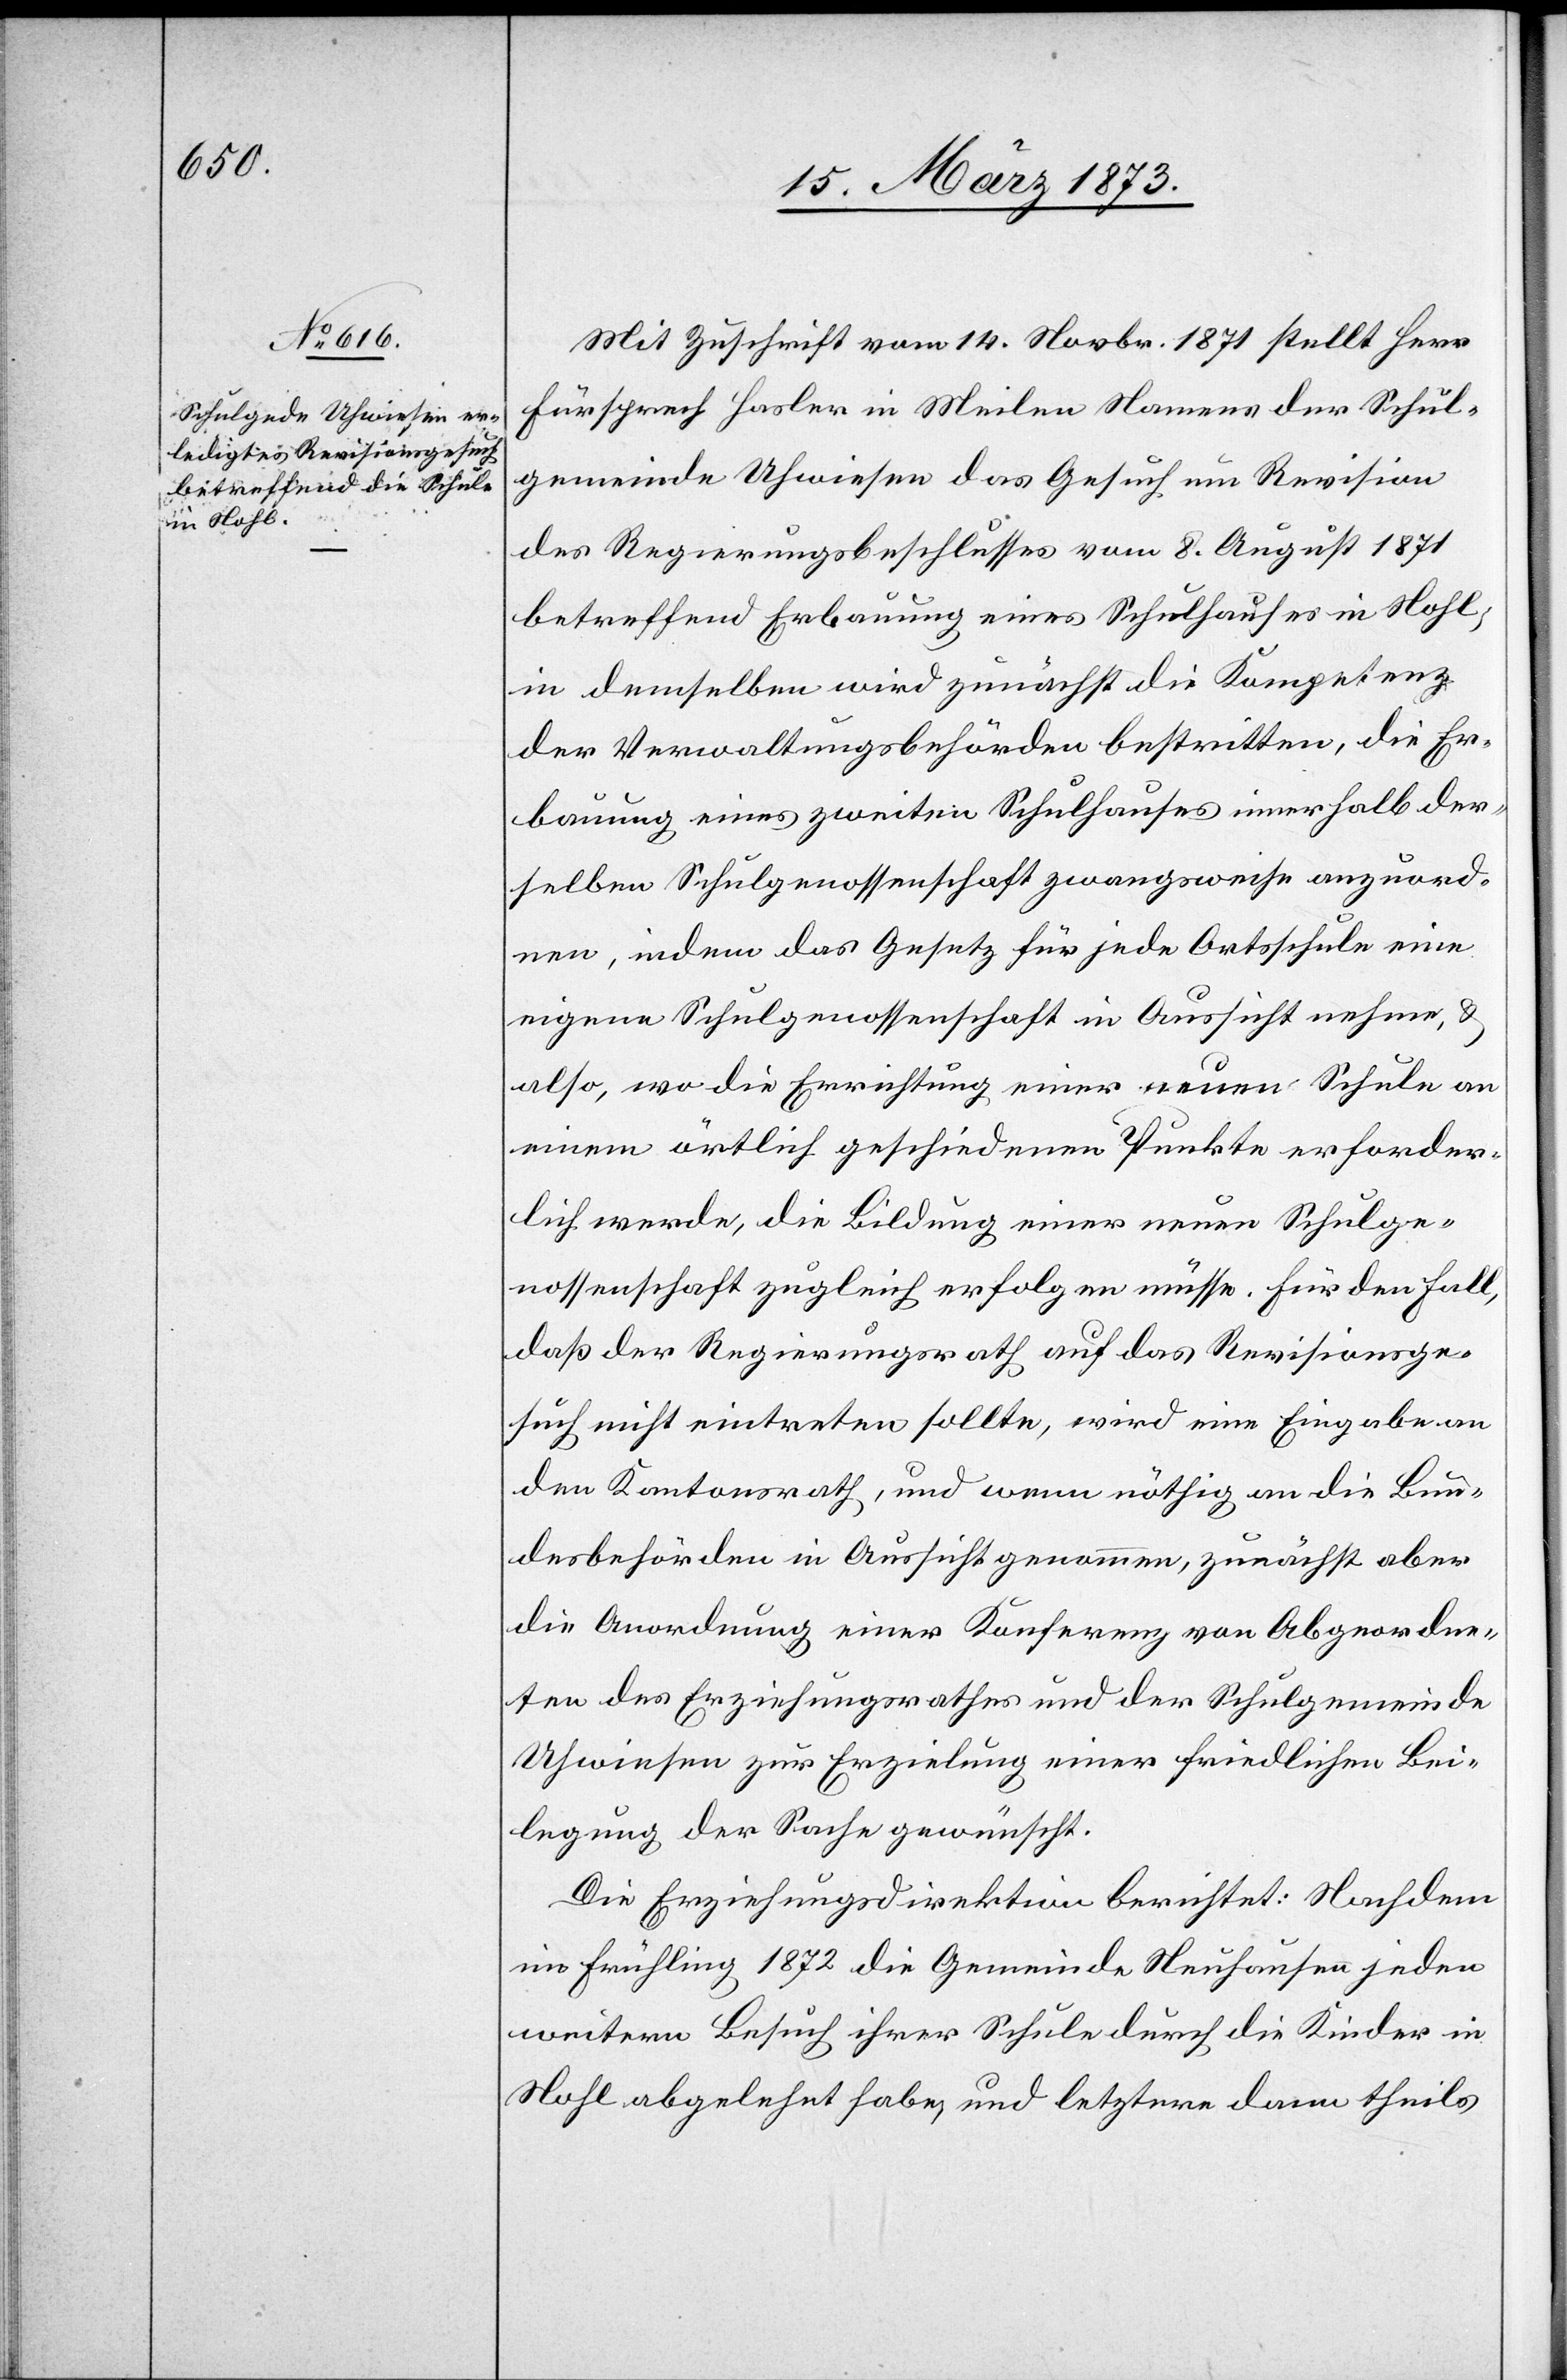
Mit Zuschrift vom 14. Novbr. 1871 stellt Herr
Fürsprech Hasler in Meilen Namens der Schul¬
gemeinde Uhwiesen das Gesuch um Revision
des Regierungsbeschlusses vom 8. August 1871
betreffend Erbauung eines Schulhauses in Nohl;
in demselben wird zunächst die Kompetenz
der Verwaltungsbehörden bestritten, die Er¬
bauung eines zweiten Schulhauses innerhalb der¬
selben Schulgenossenschaft zwangsweise anzuord¬
nen, indem das Gesetz für jede Ortsschule eine
eigene Schulgenossenschaft in Aussicht nehme, u.
also, wo die Errichtung einer neuen Schule an
einem örtlich geschiedenen Punkte erforder¬
lich werde, die Bildung einer neuen Schulge¬
nossenschaft zugleich erfolgen müsse. Für den Fall,
daß der Regierungsrath auf das Revisionsge¬
such nicht eintreten sollte, wird eine Eingabe an
den Kantonsrath, und wenn nöthig an die Bun¬
desbehörden in Aussicht genommen, zunächst aber
die Anordnung einer Konferenz von Abgeordne¬
ten des Erziehungsrathes und der Schulgemeinde
Uhwiesen zur Erzielung einer friedlichen Bei¬
legung der Sache gewünscht.
Die Erziehungsdirektion berichtet: Nachdem
im Frühling 1872 die Gemeinde Neuhausen jeden
weitern Besuch ihrer Schule durch die Kinder in
Nohl abgelehnt habe, und letztere dann theils